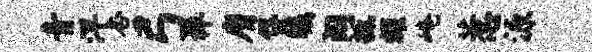
青洋杏弓禅膺贷瞩阔抵耀崦惹源